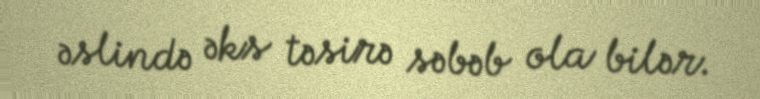
əslində əks təsirə səbəb ola bilər.